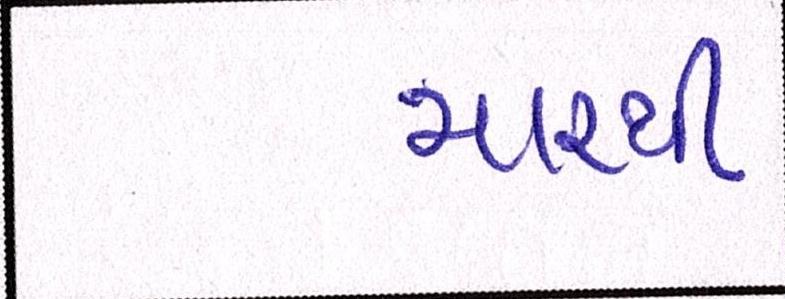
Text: મારથી